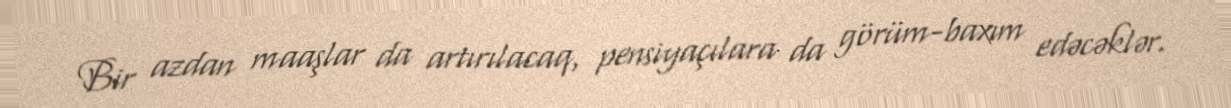
Bir azdan maaşlar da artırılacaq, pensiyaçılara da görüm-baxım edəcəklər.